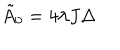
LaTeX: { \tilde { A } } _ { 0 } = 4 \lambda J \Delta